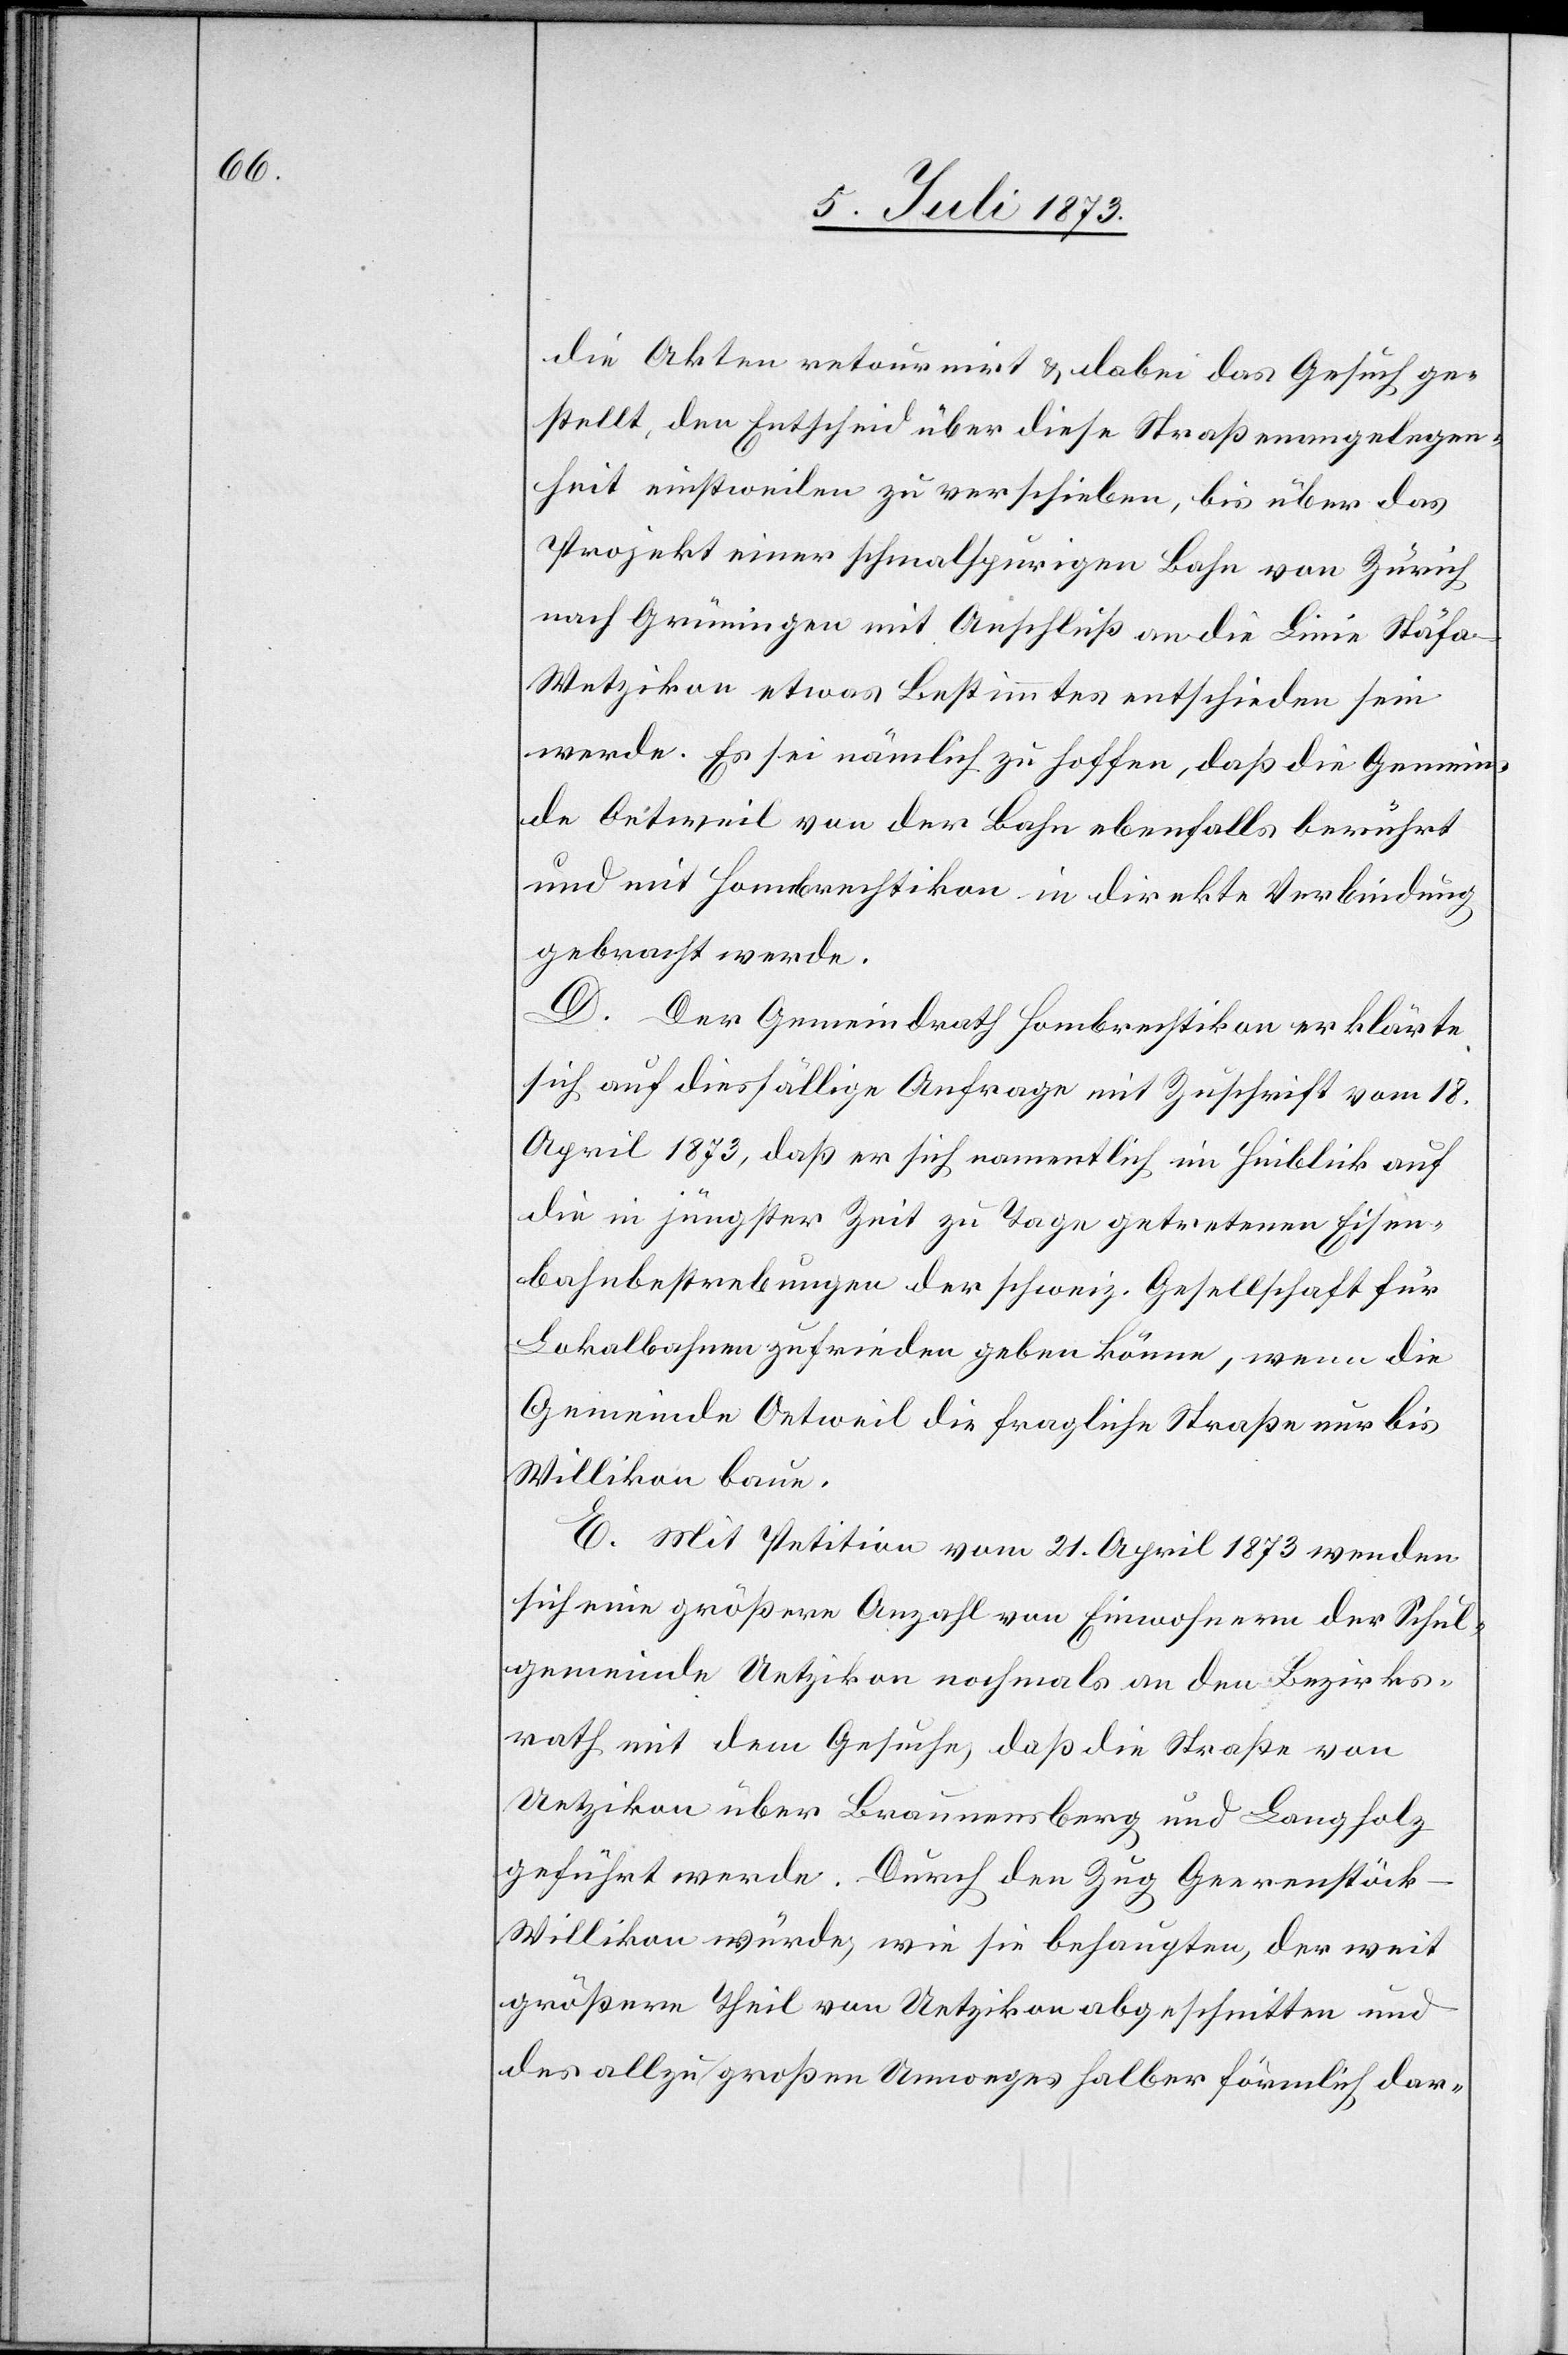
die Akten retournirt & dabei das Gesuch ge¬
stellt, den Entscheid über diese Straßenangelegen¬
heit einstweilen zu verschieben, bis über das
Projekt einer schmalspurigen Bahn von Zürich
nach Grüningen mit Anschluß an die Linie Stäf¬
a–Wetzikon etwas Bestimmtes entschieden sein
werde. Es sei nämlich zu hoffen, daß die Gemein¬
de Oetweil von der Bahn ebenfalls berührt
und mit Hombrechtikon in direkte Verbindung
gebracht werde.
D. Der Gemeindrath Hombrechtikon erklärte
sich auf diesfällige Anfrage mit Zuschrift vom 18.
April 1873, daß er sich namentlich im Hinblick auf
die in jüngster Zeit zu Tage getretenen Eisen¬
bahnbestrebungen der schweiz. Gesellschaft für
Lokalbahnen zufrieden geben könne, wenn die
Gemeinde Oetweil die fragliche Straße nur bis
Willikon baue.
E. Mit Petition vom 21. April 1873 wenden
sich eine größere Anzahl von Einwohnern der Schul¬
gemeinde Uetzikon nochmals an den Bezirks¬
rath mit dem Gesuche, daß die Straße von
Uetzikon über Braunensberg und Langholz
geführt werde. Durch den Zug Geerenstöck–W¬
illikon würde, wie sie behaupten, der weit
größere Theil von Uetzikon abgeschnitten und
des allzu großen Umweges halber förmlich dar-